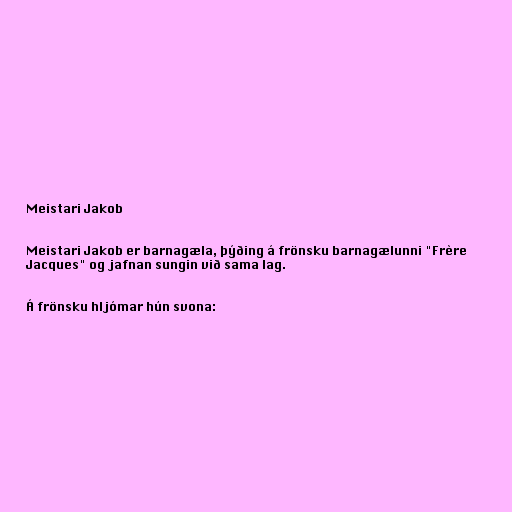
Meistari Jakob

Meistari Jakob er barnagæla, þýðing á frönsku barnagælunni "Frère
Jacques" og jafnan sungin við sama lag.

Á frönsku hljómar hún svona: